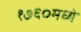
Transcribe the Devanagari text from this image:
१७६०मध्ये